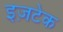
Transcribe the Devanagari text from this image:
इज़टेक